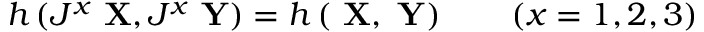
h \left( J ^ { x } \mathrm { \bf ~ X } , J ^ { x } \mathrm { \bf ~ Y } \right) = h \left( \mathrm { \bf ~ X } , \mathrm { \bf ~ Y } \right) \quad \quad ( x = 1 , 2 , 3 )